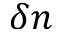
\delta n